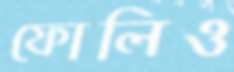
ফোলিও